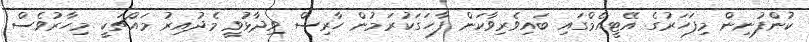
ކުންފުނިން މިފަހަރުގެ އޭޓީއެމްގައި ބައިވެރިވާކަން ފާހަގަކުރަމުން ހާރިސް ވިދާޅުވީ މެދުއިރު މައްޗަކީ މިހާރުވެސް